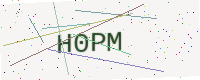
Text: H0PM